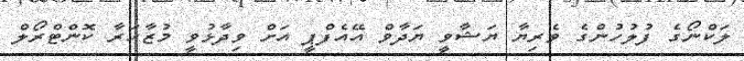
ލަކްނޯގެ ފުލުހުންގެ ވެރިޔާ ޔަޝާވީ ޔަދާވް އޭއެފްޕީ އަށް ވިދާޅުވީ މުޒާހަރާ ކޮންޓްރޯލް